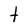
Character: t